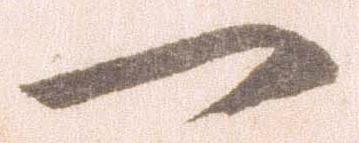
一